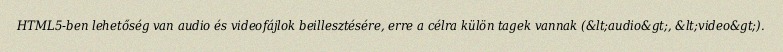
HTML5-ben lehetőség van audio és videofájlok beillesztésére, erre a célra külön tagek vannak (&lt;audio&gt;, &lt;video&gt;).